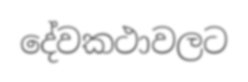
දේවකථාවලට